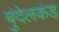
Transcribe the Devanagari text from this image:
बुंदेलकंड